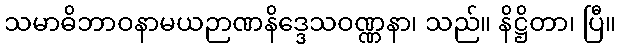
သမာဓိဘာဝနာမယဉာဏနိဒ္ဒေသဝဏ္ဏနာ၊ သည်။ နိဋ္ဌိတာ၊ ပြီ။